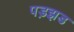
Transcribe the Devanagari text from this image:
पड़झड